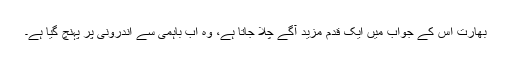
بھارت اس کے جواب میں ایک قدم مزید آگے چلا جاتا ہے، وہ اب باہمی سے اندرونی پر پہنچ گیا ہے۔